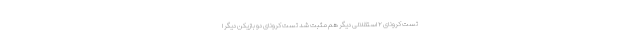
تست کرونای ۲ استقلالی دیگر هم مثبت شد تست کرونای دو بازیکن دیگر ا